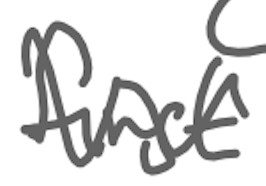
Text: first
Cross-out: wave
Writing tool: digital_gray